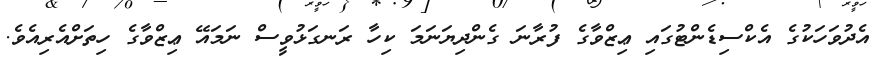
އެދުވަހަކުގެ އެކްސިޑެންޓުގައި ޢިޒްވާގެ ފުރާނަ ގެންދިޔަނަމަ ކިހާ ރަނގަޅުވީސް ނަމައޭ ޢިޒްވާގެ ހިތަށްއެރިއެވެ.